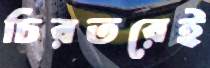
চিরতরেই